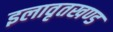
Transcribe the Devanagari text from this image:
इलावृतखण्ड